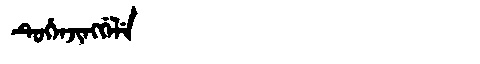
Manchu: ᡨᡠᡥᡝᠨᠵᡳᠩᡤᡝᠯᡝ
Romanization: TUHENJINGGELE